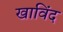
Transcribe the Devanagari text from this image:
खाविंद